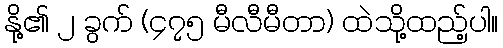
နို့၏ ၂ ခွက် (၄၇၅ မီလီမီတာ) ထဲသို့ထည့်ပါ။